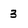
Character: 3